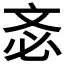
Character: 𣁆